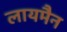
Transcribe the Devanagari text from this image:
लायमैन